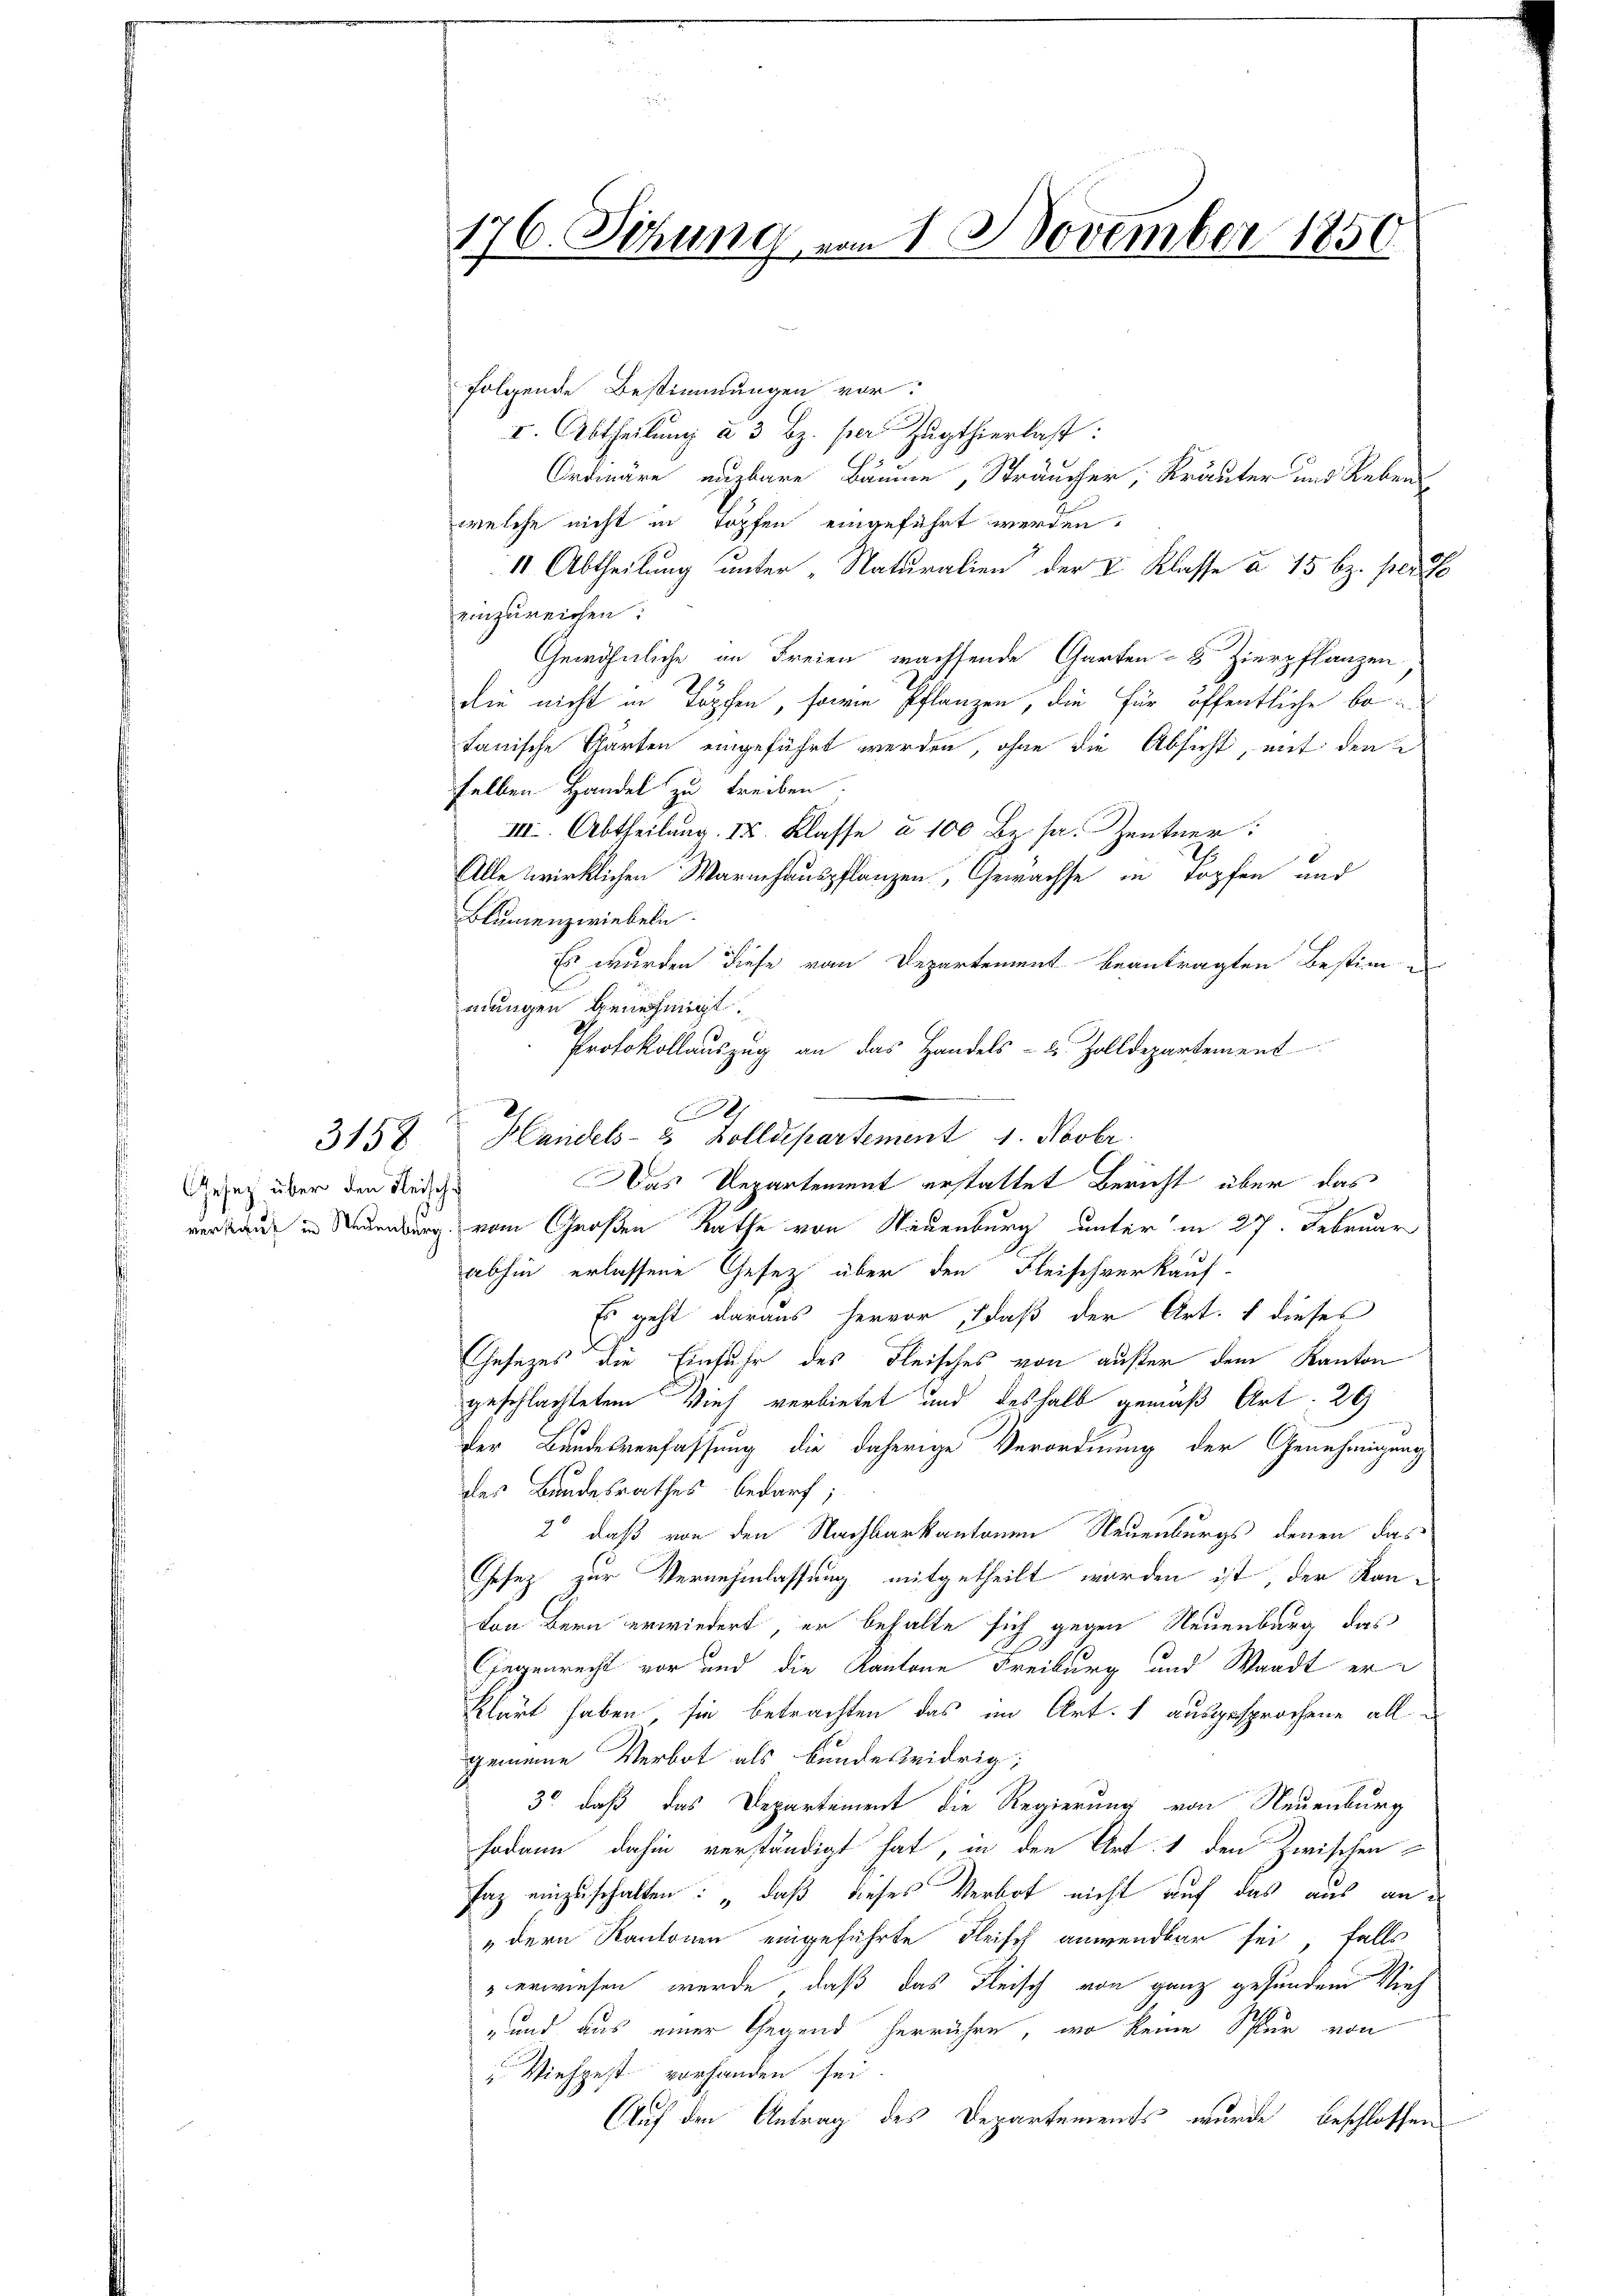
Gesetz über den Fleisch-

3158

176. Sitzung von 1. November 1850.

folgende Bestimmungen vor
I. Abtheilung à 3 Bz. per Zugthierlast:
f
Ordwäre euzbare Bäume, Sträucher, Kräuter und Rebens
welche nicht in Topfen eingeführt werden.
11. Abtheilung unter „Naturalien der V. Klasse à 15 bz. perte
einzureichen:
Gewöhnliche im Freien wachsende Garten-8 Zierpflanzen,
die nicht in Töpfen, sowie Pflanzen, die für öffentliche betanische Garten eingeführt werden, ohne die Absicht, mit den
selben Handel zu treiben.
III. Abtheilung. IX. Klasse à 100 Br. pr. Zentner.
Alle wirklichen Warnhauspflanzen, Gewächse in Topfen und
Blumenzwiebeln.
Es wurden diese vom Departement beantragten Bestimm-
mungen Genehmigt.
Protokollauszug an das Handels- & Zolldepartement
Das Departement erstattet Bericht über das
verbaut in Neuenburg vom Großen Rathe von Neuenburg unter in 27. Februar
abhin erlassene Gesetz über den Fleischverkauf-
Es geht daraus hervor, daß der Art. 1 dieses
Ehesezes die Einfuhr des Fleisches von außer dem Kanton
geschlachtetem Vieh verbietet und deshalb gemäß Art: 29
Der Bundesverfassung die daherige Verordnung der Genehmigung
des Bundesrathes bedarf;
2 daß von den Nachbarkantonen Neuenburgs, denen das
Gesez zur Vernehmlassung mitgetheilt worden ist, der Kanvon Bern erwiedert, er behalte sich gegen Neuenburg das
Gegenrecht vor und die Kantone Freiburg und Waadt erklärt haben sie betrachten das im Art. 1 ausgesprochene allgemeine Verbot als bundesridrig;
3° daß das Departement die Regierung von Neuenburg
sodann dahin verständigt hat, in den Art. 1 den Zwischen
Jaz einzuschalten: „daß dieses Verbot nicht auf das aus an¬
"dern Kantonen eingeführte Fleisch anwendbar sei, falls
verwiesen werde, daß das Fleisch von ganz gesunden Vieh
und aus einer Gegend herrühre, wo keine Spur von
" Viehpest vorhanden sei
Auf den Antrag des Departements wurde beschlossen

e

Handels- & Zolldepartement 1. Novbr